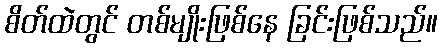
စိတ်ထဲတွင် တစ်မျိုးဖြစ်နေ ခြင်းဖြစ်သည်။